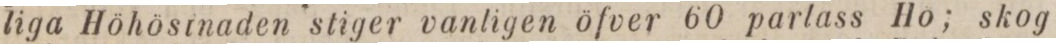
liga Höhösinaden stiger vanligen öfver 60 parlass Ho; skog